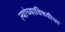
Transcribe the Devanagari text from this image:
त्यांच्याविषयीचा